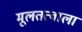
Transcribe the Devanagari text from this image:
मूलतत्वाला